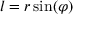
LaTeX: l = r \sin ( \varphi )